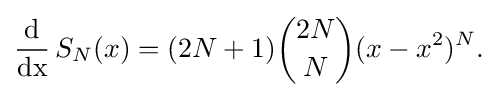
{\begin{aligned}\operatorname {d \over dx} {S}_{N}(x)&=(2N+1){\binom {2N}{N}}(x-x^{2})^{N}.\\\end{aligned}}